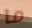
ما